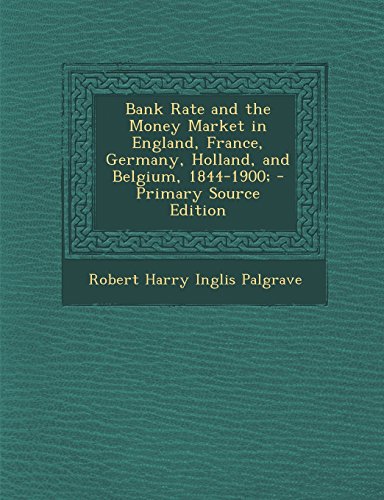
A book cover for Bank Rate and the Money Market in England, France, Germany, Holland, and Belgium, 1844-1900; - Primary Source Edition; Robert Harry Inglis Palgrave; History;